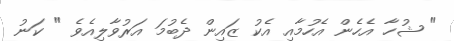
" ޝުހާ އެހެން އެހުމާއި އެކު ޒައިން ދެބުމަ އަރުވާލިއެވެ " ކަނު